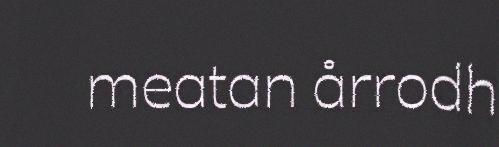
meatan årrodh